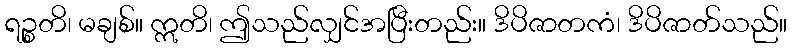
ရဉ္စတိ၊ မချစ်။ ဣတိ၊ ဤသည်လျှင်အပြီးတည်း။ ဒိပိဇာတကံ၊ ဒိပိဇာတ်သည်။